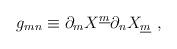
LaTeX: \begin{align*}g_{mn} \equiv\partial_m X^{\underline{m}} \partial_n X_{\underline{m}}~,\end{align*}